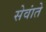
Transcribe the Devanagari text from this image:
सेवांते